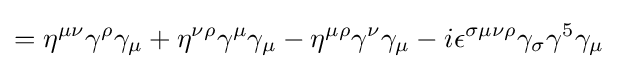
=\eta ^{\mu \nu }\gamma ^{\rho }\gamma _{\mu }+\eta ^{\nu \rho }\gamma ^{\mu }\gamma _{\mu }-\eta ^{\mu \rho }\gamma ^{\nu }\gamma _{\mu }-i\epsilon ^{\sigma \mu \nu \rho }\gamma _{\sigma }\gamma ^{5}\gamma _{\mu }